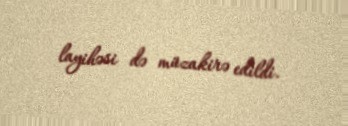
layihəsi də müzakirə edildi.